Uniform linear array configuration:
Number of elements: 16
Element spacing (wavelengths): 1
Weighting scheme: hamming
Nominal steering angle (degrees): -15
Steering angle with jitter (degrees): -14.209
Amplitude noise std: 0.05
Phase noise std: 0.05

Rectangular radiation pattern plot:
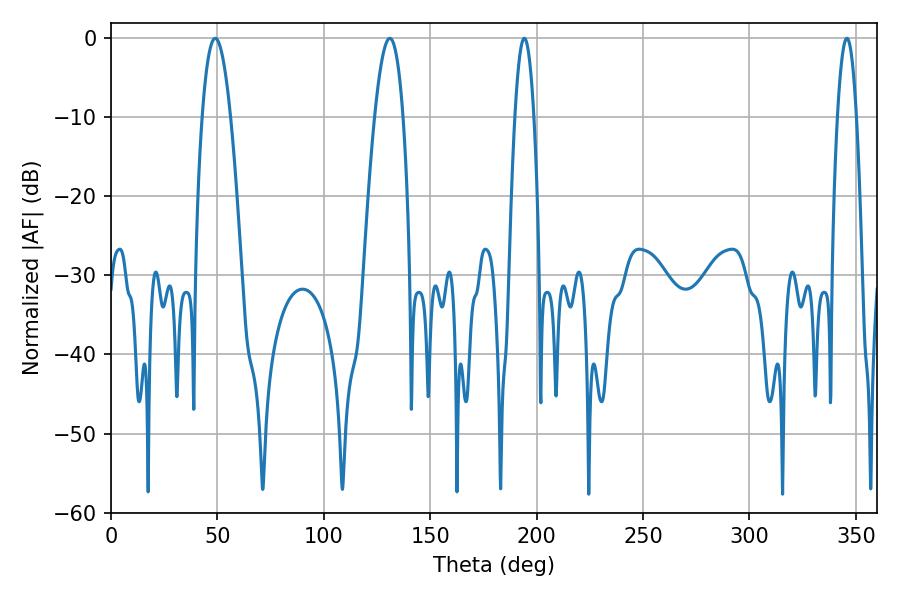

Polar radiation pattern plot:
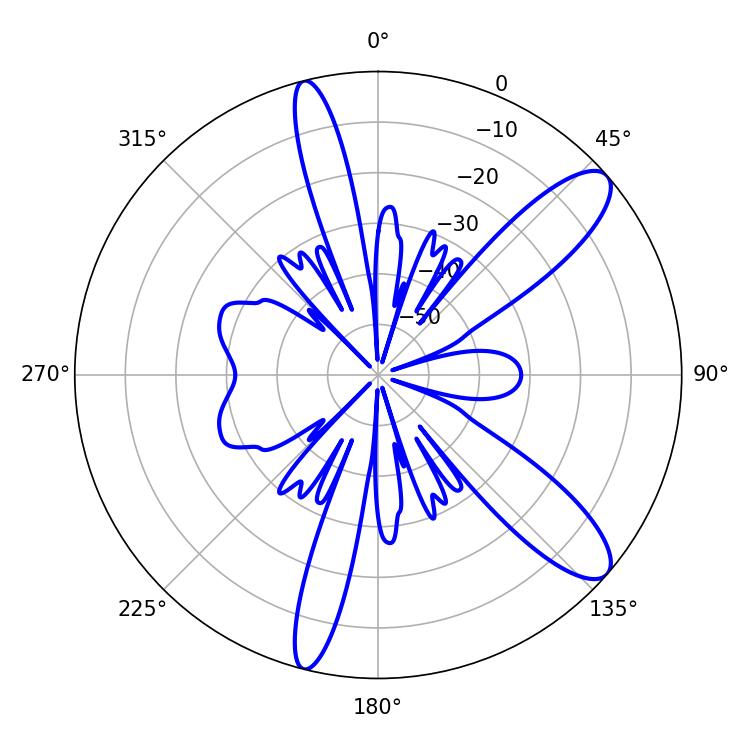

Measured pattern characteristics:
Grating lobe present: TRUE
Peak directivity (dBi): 10.914
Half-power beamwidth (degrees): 5.04
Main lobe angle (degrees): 194.22